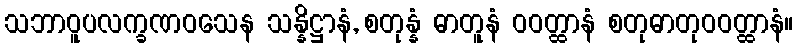
သဘာဝူပလက္ခဏဝသေန သန္နိဋ္ဌာနံ, စတုန္နံ ဓာတူနံ ဝဝတ္ထာနံ စတုဓာတုဝဝတ္ထာနံ။